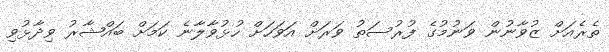
ތެރެއަށް ޒުވާނުން ވަނުމުގެ ފުރުސަތު ވަރަށް އަވަހަށް ހުޅުވާލާނެ ކަމަށް ބައްޝާރު ވިދާޅުވި